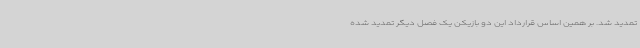
تمدید شد. بر همین اساس قرارداد این دو بازیکن یک فصل دیگر تمدید شده